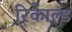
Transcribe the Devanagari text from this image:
रिकाल्ड